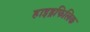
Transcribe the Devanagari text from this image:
हाइड्रफिलिक